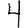
Digit: 4